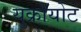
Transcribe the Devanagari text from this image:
युक्रॉयोट